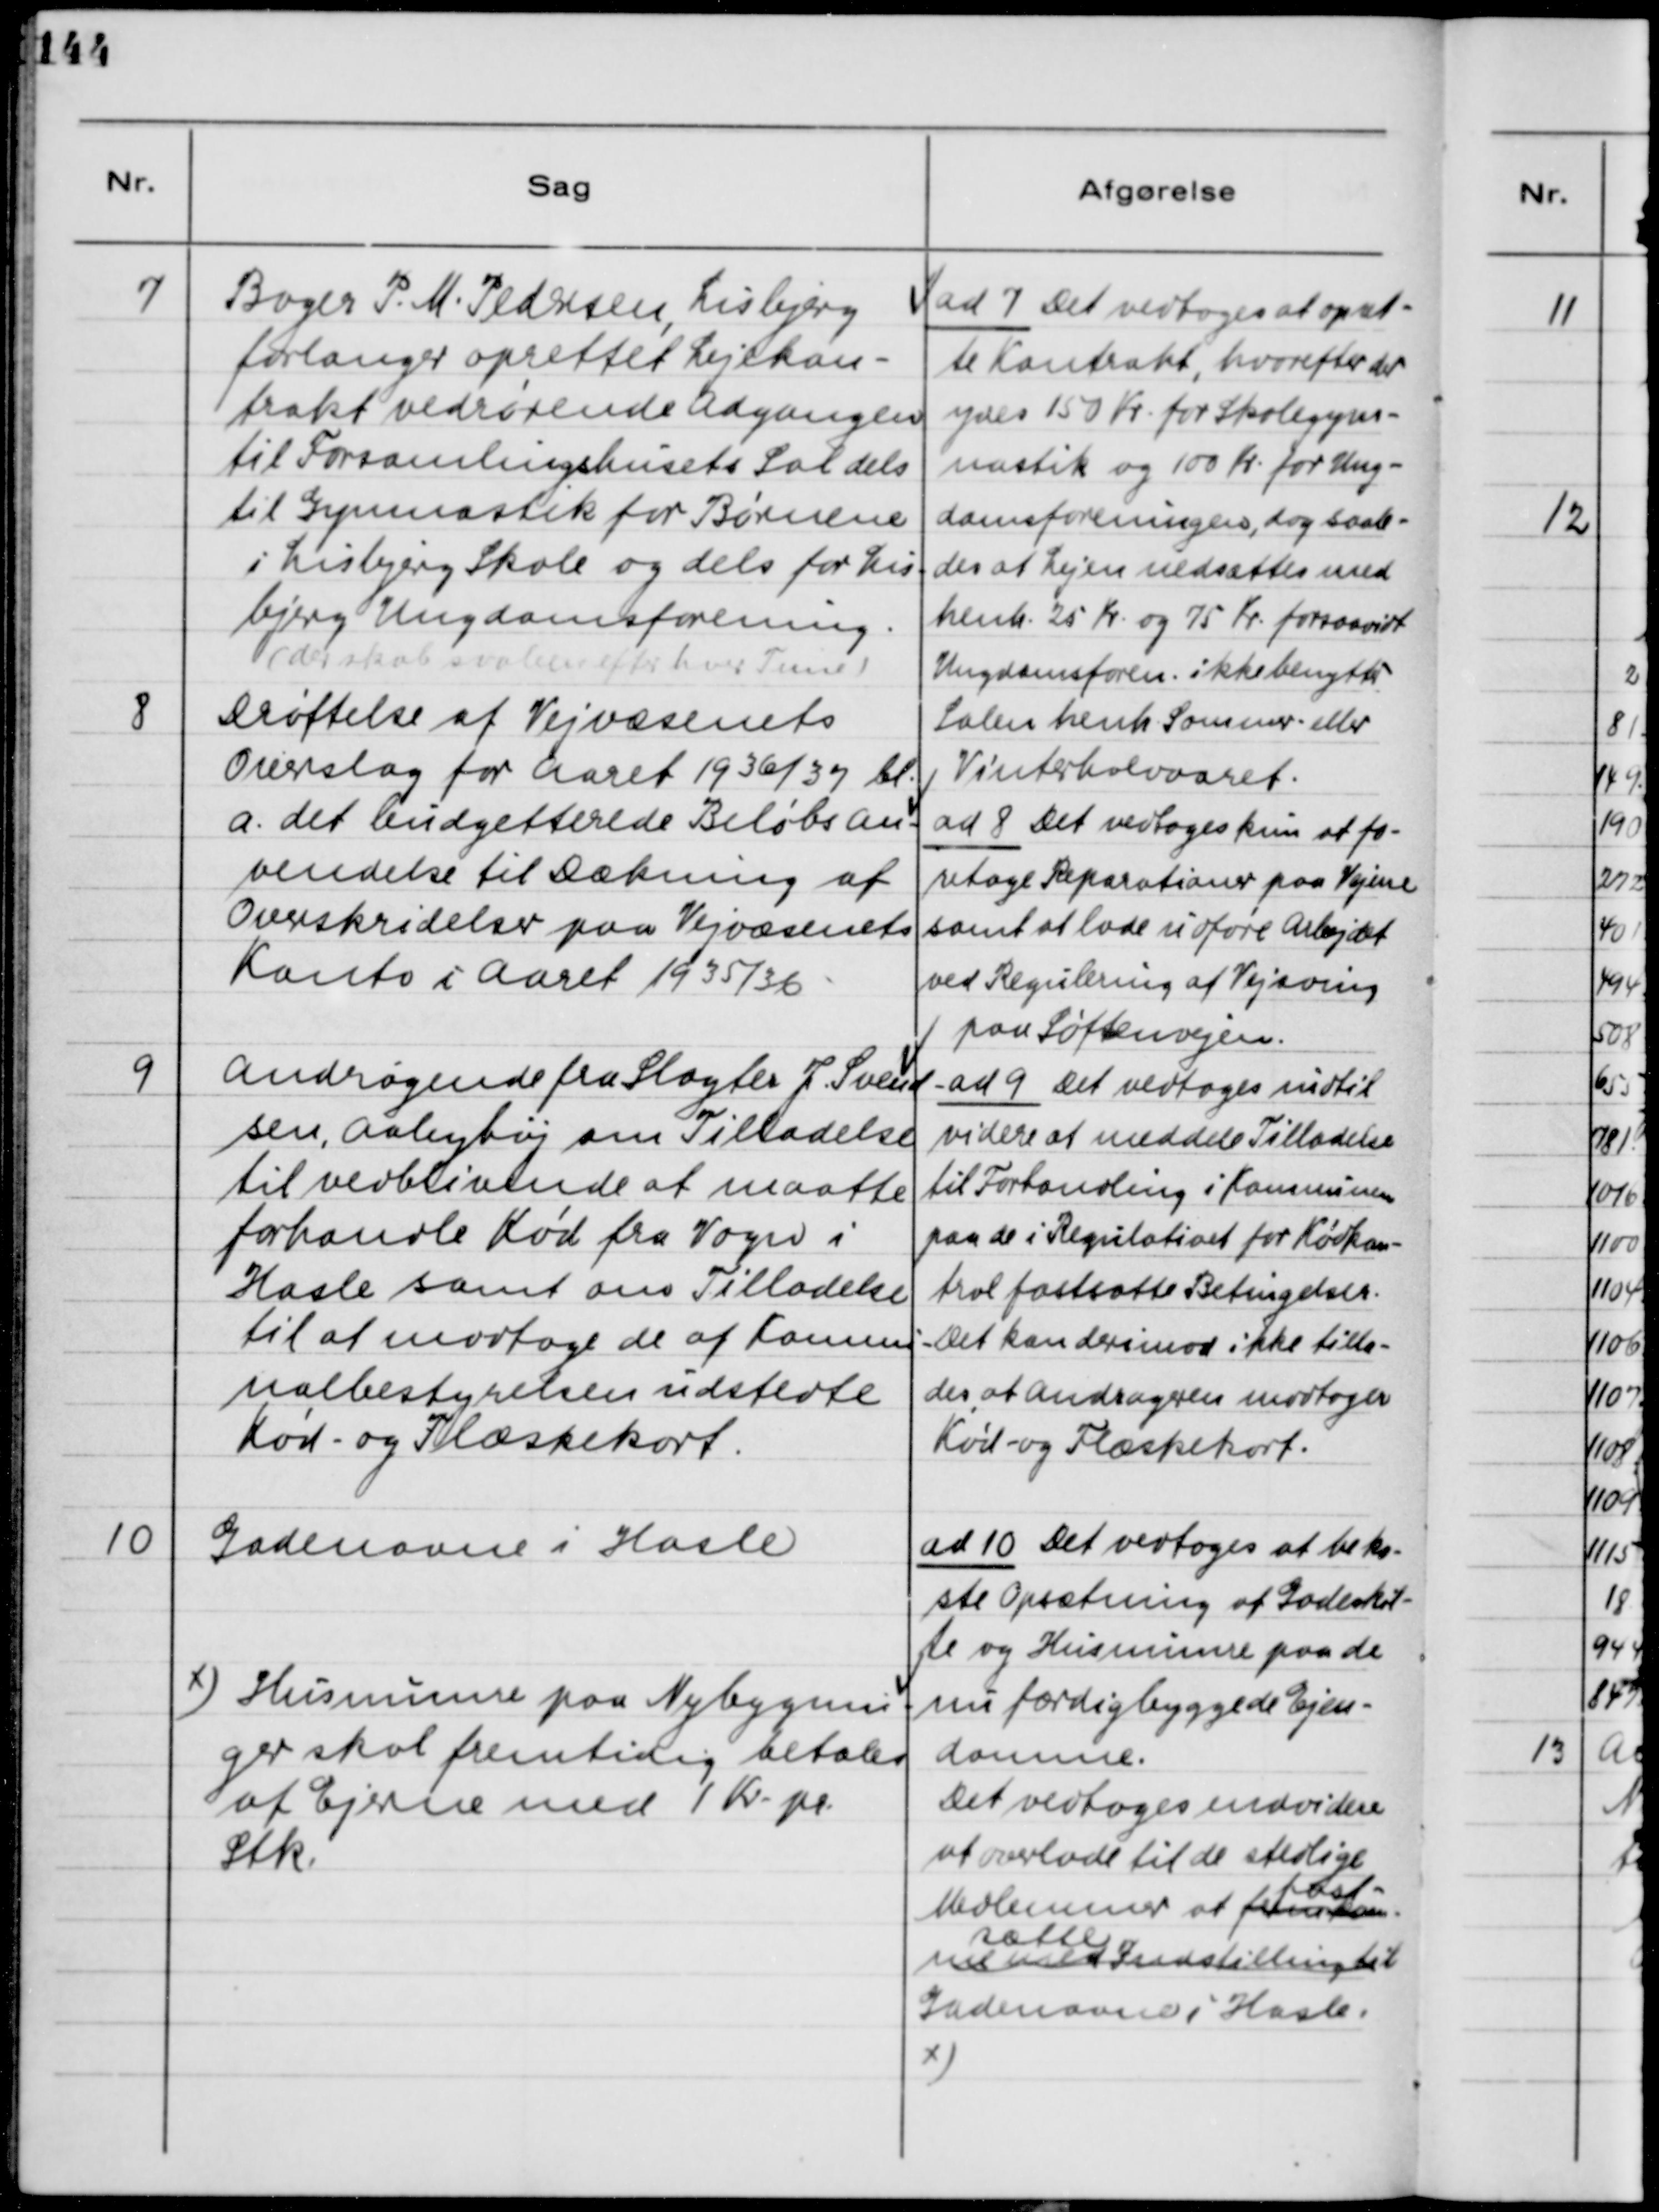
Transskription:
7
Boger P.M. Pedersen, Lisbjerg
forlanger oprettet Lejekon-
trakt vedrørende Adgangen
til Forsamlingshusets Sal dels
til Gymnastik for Børnene
i Lisbjerg Skole og dels for Lis-
bjerg Ungdomsforening.
(der skal saaledes efter hver Time)
ad 7 Det vedtoges at opsæt-
te Kontrakt, hverefter der
ydes 150 Kr for Skolegym-
nastik og 100 Kr for Ung-
domsforeningen, dog saale-
des at Lejen nedsættes med
henh. 25 Kr og 75 Kr forsaavidt
Ungdomsforen. ikke benytter
Salen henh. Sommer- eller
Vinterhalvaaret.
8
Drøftelse af Vejvæsenets
Overslag for Aaret 1936/37 bl.
a. det budgetterede Beløbs an-
vendelse til Dækning af
Overskridelser paa Vejvæsenets
Konto i Aaret 1935/36.
ad 8 Det vedtoges kun at fo-
retage Reparationer paa Vejene
samt at lade udføre Arbejdet
ved Regulering af Vejsving
paa Søftenvejen.
9
Andragende fra Slagter J. Svend-
sen, Aabyhøj om Tilladelse
til vedblivende at maatte
forhandle Kød fra Vogn i
Hasle samt om Tilladelse
til at modtage de af Kommu-
nalbestyrelsen udstedte
Kød- og Flæskekort.
ad 9 Det vedtoges indtil
videre at meddele Tilladelse
til Forhandling i Kommunen
paa de i Regulativet for Kødkon-
trol fastsatte Betingelser.
Det kan derimod ikke tilla-
des at Andrageren modtager
Kød- og Flæskekort.
10
Gadenavne i Hasle
x) Husnumre paa Nybygnin-
ger skal fremtidig betales
af Ejerne med 1 Kr. pr.
Stk.
ad 10 Det vedtoges at beko-
ste Opsætning af Gadeskil-
te og Husnumrene paa de
nu færdigbyggede Ejen-
domme.
Det vedtoges endvidere
at overlade til de stedlige
Medlemmer at
fremkom-
me med Indstilling til
fast-
sætte
Gadenavne i Hasle.
x)